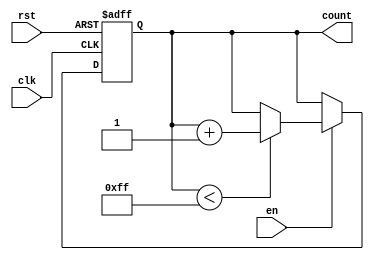
module IncrementalCounter #(
    parameter MAX_VAL = 255  // Define the maximum value for the counter (can be adjusted)
)(
    input wire clk,          // Clock input
    input wire rst,          // Asynchronous reset
    input wire en,           // Enable signal
    output reg [7:0] count   // Current count output (8 bits for counting up to 255)
);

    // Memory block to hold the current count value
    reg [7:0] mem_count;

    // Asynchronous reset and counting logic
    always @(posedge clk or posedge rst) begin
        if (rst) begin
            mem_count <= 8'b0;  // Reset memory count to 0
        end else if (en) begin
            if (mem_count < MAX_VAL) begin
                mem_count <= mem_count + 1;  // Increment memory count
            end
            // else: hold value when MAX_VAL is reached
        end
    end

    // Output the current count value
    always @(*) begin
        count = mem_count;  // Continuously output the current count
    end

endmodule